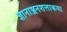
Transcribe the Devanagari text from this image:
ज्ञानाञ्जनशलाकया